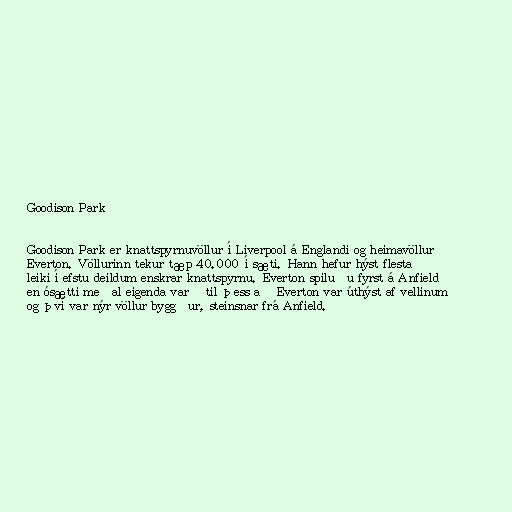
Goodison Park

Goodison Park er knattspyrnuvöllur í Liverpool á Englandi og heimavöllur
Everton. Völlurinn tekur tæp 40.000 í sæti. Hann hefur hýst flesta
leiki í efstu deildum enskrar knattspyrnu. Everton spiluðu fyrst á Anfield
en ósætti meðal eigenda varð til þess að Everton var úthýst af vellinum
og því var nýr völlur byggður, steinsnar frá Anfield.